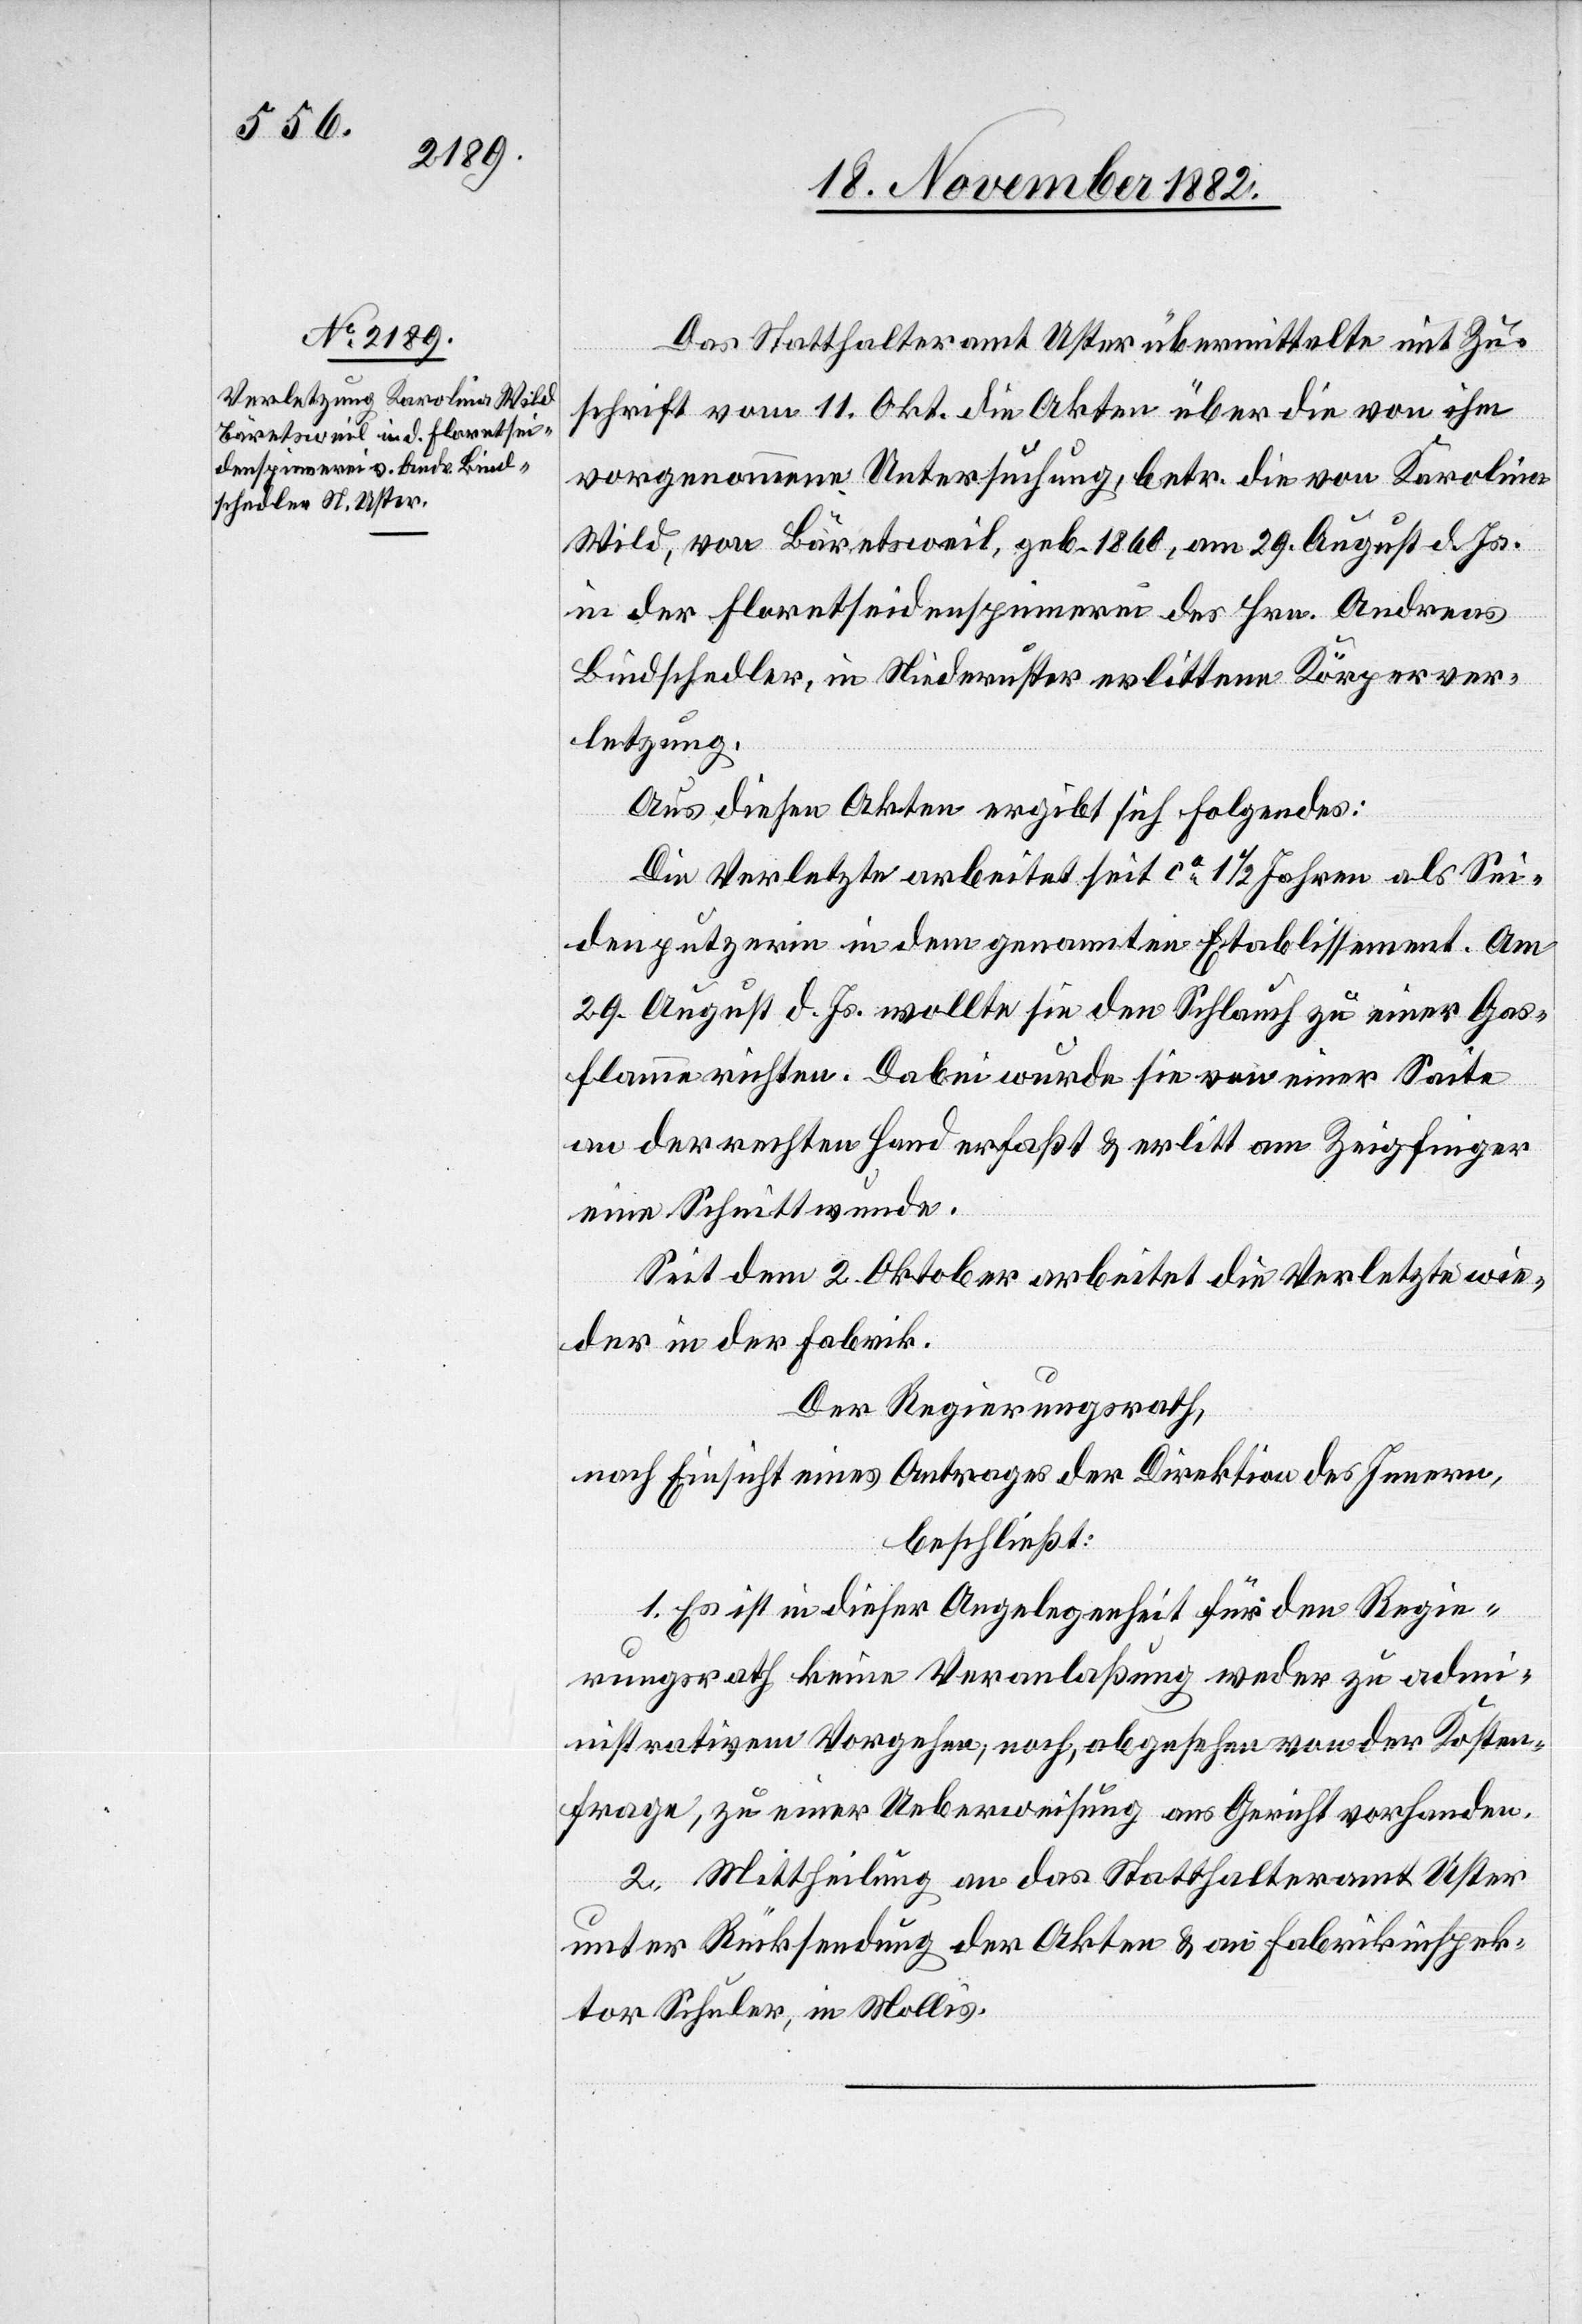
Das Statthalteramt Uster übermittelte mit Zu¬
schrift vom 11. Okt. die Akten über die von ihm
vorgenommene Untersuchung, betr. die von Karolina
Wild, von Bäretsweil, geb. 1860, am 29. August d. Js.
in der Floretseidenspinnerei des Hrn. Andreas
Bindschedler, in Niederuster erlittene Körperver¬
letzung.
Aus diesen Akten ergibt sich Folgendes:
Die Verletzte arbeitet seit ca 1 1/2 Jahren als Sei¬
denputzerin in dem genannten Etablissement. Am
29. August d. Js. wollte sie den Schlauch zu einer Gas¬
flamme richten. Dabei wurde sie von einer Saite
an der rechten Hand erfaßt & erlitt am Zeigfinger
eine Schnittwunde.
Seit dem 2. Oktober arbeitet die Verletze wie¬
der in der Fabrik.
Der Regierungsrath,
nach Einsicht eines Antrages der Direktion des Innern,
beschließt:
1. Es ist in dieser Angelegenheit für den Regie¬
rungsrath keine Veranlaßung weder zu adm¬
inistrativem Vorgehen, noch, abgesehen von der Kosten¬
frage, zu einer Ueberweisung ans Gericht vorhanden.
2. Mittheilung an das Statthalteramt Uster
unter Rücksendung der Akten & an Fabrikinspek¬
tor Schuler, in Mollis.